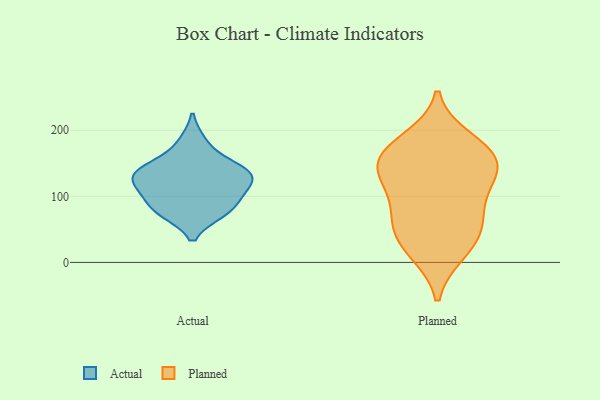
{"axis": {"x": "Bounce Rate (%)", "y": "Value"}, "legend": ["Actual", "Planned"], "data": [{"x": "", "y": 84, "type": "Actual"}, {"x": "", "y": 138, "type": "Actual"}, {"x": "", "y": 109, "type": "Actual"}, {"x": "", "y": 77, "type": "Actual"}, {"x": "", "y": 108, "type": "Actual"}, {"x": "", "y": 147, "type": "Actual"}, {"x": "", "y": 137, "type": "Actual"}, {"x": "", "y": 76, "type": "Actual"}, {"x": "", "y": 132, "type": "Actual"}, {"x": "", "y": 124, "type": "Actual"}, {"x": "", "y": 182, "type": "Actual"}, {"x": "", "y": 136, "type": "Planned"}, {"x": "", "y": 15, "type": "Planned"}, {"x": "", "y": 156, "type": "Planned"}, {"x": "", "y": 118, "type": "Planned"}, {"x": "", "y": 60, "type": "Planned"}, {"x": "", "y": 153, "type": "Planned"}, {"x": "", "y": 19, "type": "Planned"}, {"x": "", "y": 162, "type": "Planned"}, {"x": "", "y": 186, "type": "Planned"}, {"x": "", "y": 124, "type": "Planned"}, {"x": "", "y": 174, "type": "Planned"}, {"x": "", "y": 55, "type": "Planned"}, {"x": "", "y": 90, "type": "Planned"}, {"x": "", "y": 54, "type": "Planned"}]}